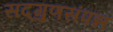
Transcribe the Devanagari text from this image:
सद्‌गुणसंपन्न